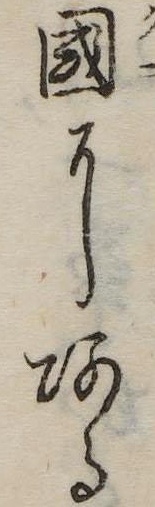
国にある